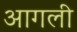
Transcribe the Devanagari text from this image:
आगली